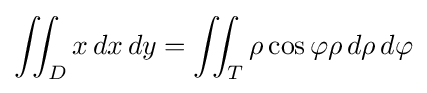
\iint _{D}x\,dx\,dy=\iint _{T}\rho \cos \varphi \rho \,d\rho \,d\varphi